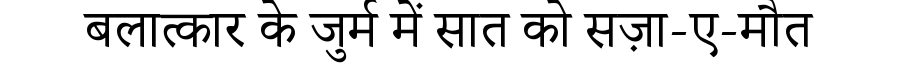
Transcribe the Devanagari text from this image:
बलात्कार के जुर्म में सात को सज़ा-ए-मौत